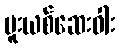
မူးယစ်ဆေးဝါး